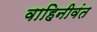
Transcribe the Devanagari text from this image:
वाहिनीवंत